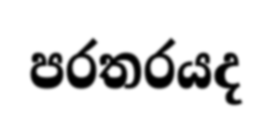
පරතරයද